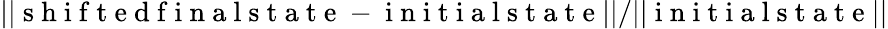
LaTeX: ||\mathrm{~s~h~i~f~t~e~d~f~i~n~a~l~s~t~a~t~e~}-\mathrm{~i~n~i~t~i~a~l~s~t~a~t~e~}||/||\mathrm{~i~n~i~t~i~a~l~s~t~a~t~e~}||